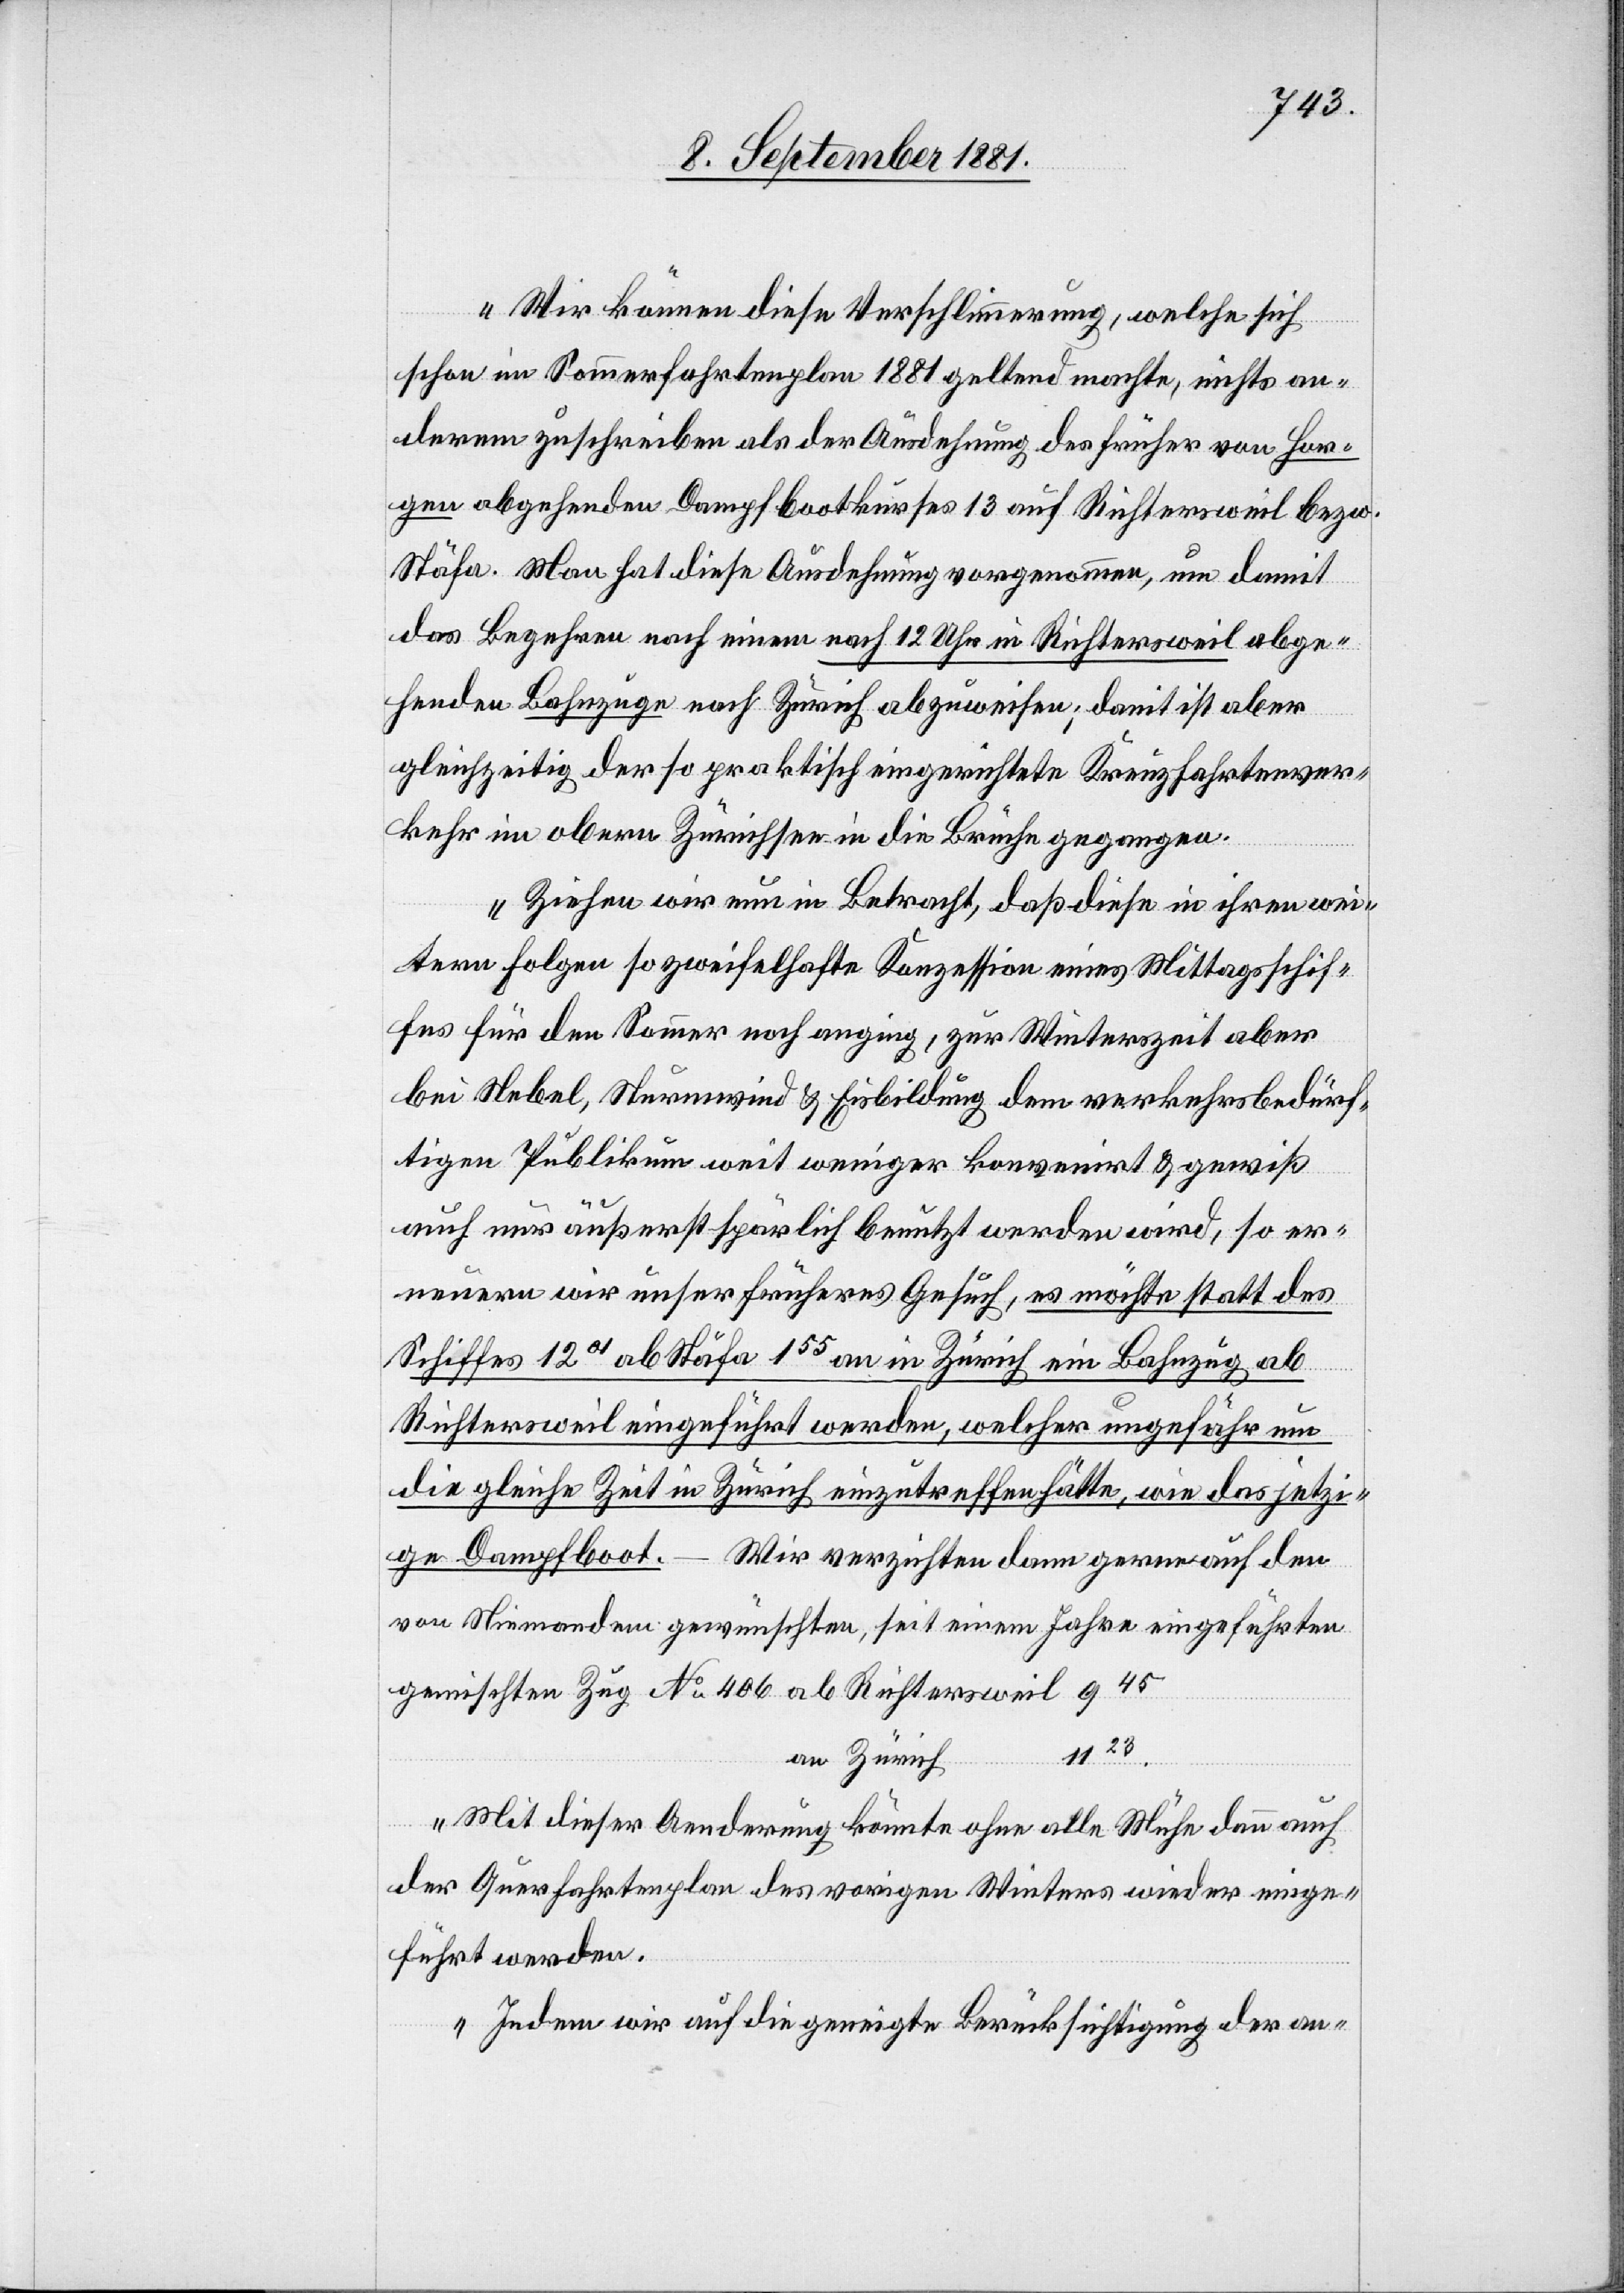
Wir können diese Verschlimmerung, welche sich
schon im Sommerfahrtenplan 1881 geltend machte, nichts an¬
derem zuschreiben als der Ausdehnung des früher von Hor¬
gen abgehenden Dampfbootkurses 13 auf Richtersweil bezw.
Stäfa. Man hat diese Ausdehnung vorgenommen, um damit
das Begehren nach einem nach 12 Uhr in Richtersweil abge¬
henden Bahnzuge nach Zürich abzuweisen; damit ist aber
gleichzeitig der so praktisch eingerichtete Kreuzfahrtenver¬
kehr im obern Zürichsee in die Brüche gegangen.
Ziehen wir nun in Betracht, daß diese in ihren wei¬
tern Folgen so zweifelhafte Konzession eines Mittagsschif¬
fes für den Sommer noch anging, zur Winterzeit aber
bei Nebel, Steuerwind & Eisbildung dem verkehrsbedürf¬
tigen Publikum weit weniger konvenirt & gewiß
auch nur äußerst spärlich benutzt werden wird, so er¬
neuern wir unser früheres Gesuch, es möchte statt des
Schiffes 1201 ab Stäfa 155 an in Zürich ein Bahnzug ab
Richtersweil eingeführt werden, welcher ungefähr um
die gleiche Zeit in Zürich einzutreffen hätte, wie das jetzi¬
ge Dampfboot. – Wir verzichten dann gerne auf den
von Niemanden gewünschten, seit einem Jahre eingeführten
gemischten Zug No 406 ab Richtersweil 945
1123.
an Zürich
Mit dieser Aenderung könnte ohne alle Mühe dann auch
der Querfahrtenplan des vorigen Winters wieder einge¬
führt werden.
Indem wir auf die geneigte Berücksichtigung der an-